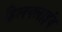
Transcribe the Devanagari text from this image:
हिलक्‍लाइंब